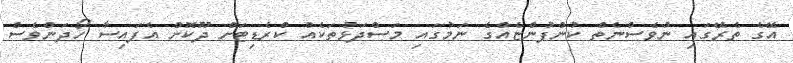
އޭގެ ތެރޭގައި ނުވެސްނެތް ކުންފުންޏެއްގެ ނަމުގައި މަސްދަޅުތަކެއް ކްރެޑިޓަށް ދޫކޮށް އެފައިސާ ހޯދަންވެސް